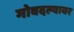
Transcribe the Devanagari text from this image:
मोबदल्यावर